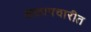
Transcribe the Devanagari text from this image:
आलापचारीत